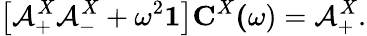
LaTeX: \left[\mathbf{\mathcal{A}}_{+}^{X}\mathbf{\mathcal{A}}_{-}^{X}+\omega^{2}\mathbf{1}\right]\mathbf{C}^{X}\mathbf{(}\omega)=\mathbf{\mathcal{A}}_{+}^{X}.